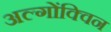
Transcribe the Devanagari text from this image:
अल्गोंक्विन